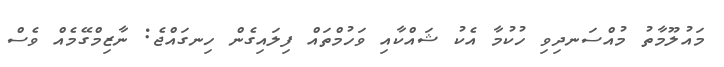
މައުލޫމާތު މުއްސަނދިވި ހުކުމާ އެކު ޝައްކާއި ވަހުމްތައް ފިލައިގެން ހިނގައްޖެ: ނާޒިމްގޭމެއް ވެސް